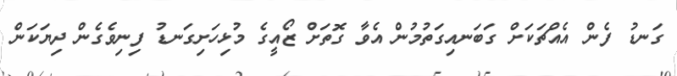
ގަނޑު ފެން އެއްޗަކަށް ގަބަނއިގަތުމުން އެވާ ގޮތަށް ޒޯއީގެ މުޅިހަށިގަނޑު ފިނިވެގެން ދިޔަކަން